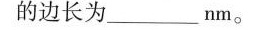
的边长为______nm。